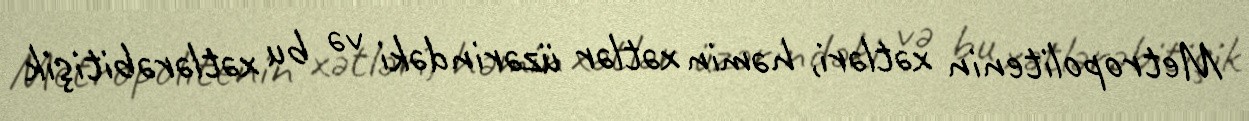
Metropolitenin xətləri, həmin xətlər üzərindəki və bu xətlərəbitişik